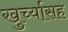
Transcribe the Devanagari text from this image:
खुर्च्यासह